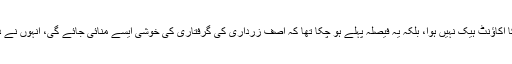
محمد اسد نے لکھا امیتابھ بچن کا اکاؤنٹ ہیک نہیں ہوا، بلکہ یہ فیصلہ پہلے ہو چکا تھا کہ آصف زرداری کی گرفتاری کی خوشی ایسے منائی جائے گی، انہوں نے دونوں کی تصویر بھی شیئر کی۔